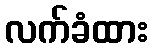
လက်ခံထား